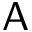
\mathsf { A }